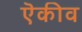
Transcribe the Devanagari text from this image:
ऎकीव